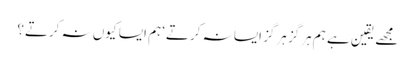
مجھے یقین ہے ہم ہرگز ہرگز ایسا نہ کرتے‘ ہم ایسا کیوں نہ کرتے؟